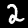
Digit: 2